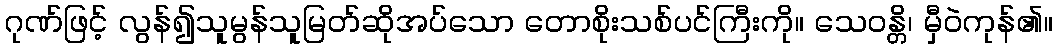
ဂုဏ်ဖြင့် လွန်၍သူမွန်သူမြတ်ဆိုအပ်သော တောစိုးသစ်ပင်ကြီးကို။ သေဝန္တိ၊ မှီဝဲကုန်၏။